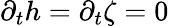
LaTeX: \partial_{t}h=\partial_{t}\zeta=0